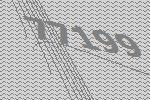
77199